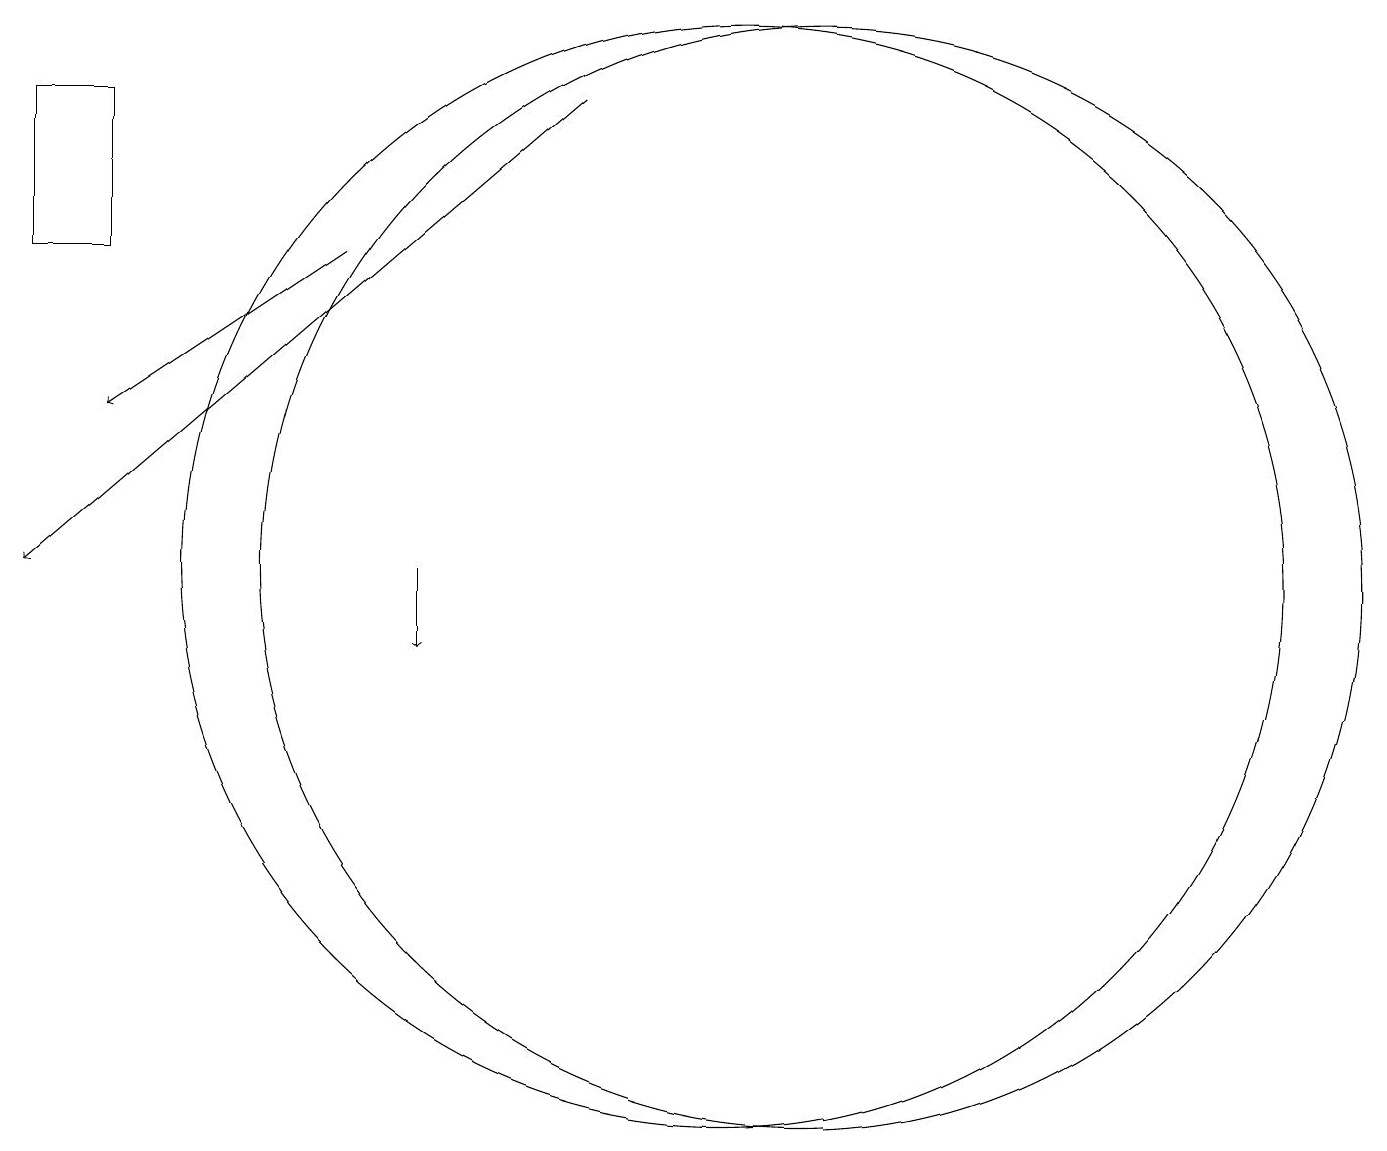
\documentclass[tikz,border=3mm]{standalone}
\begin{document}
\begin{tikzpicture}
\draw (2,15) rectangle (1,17);
\draw[->] (5,15) -- (2,13);
\draw[->] (8,17) -- (1,11);
\draw[->] (6,11) -- (6,10);
\draw (11,11) circle (7);
\draw (10,11) circle (7);
\draw (10,11) circle (0);
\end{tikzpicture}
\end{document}